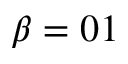
\beta = 0 1